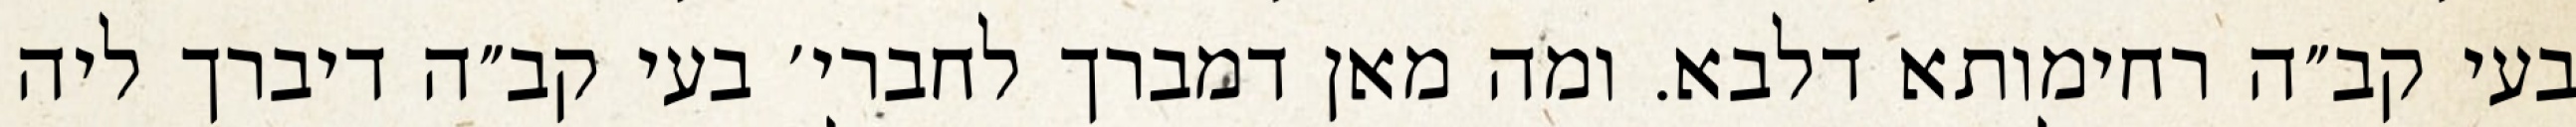
בעי קב״ה רחימותא דלבא. ומה מאן דמברך לחברי׳ בעי קב״ה דיברך ליה